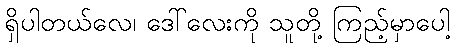
ရှိပါတယ်လေ၊ ဒေါ်လေးကို သူတို့ ကြည့်မှာပေါ့